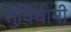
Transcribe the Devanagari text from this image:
सुविधानी